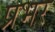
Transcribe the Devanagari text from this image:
प्रभर